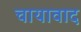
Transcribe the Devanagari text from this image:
चायावाद